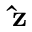
\mathbf { \hat { z } }